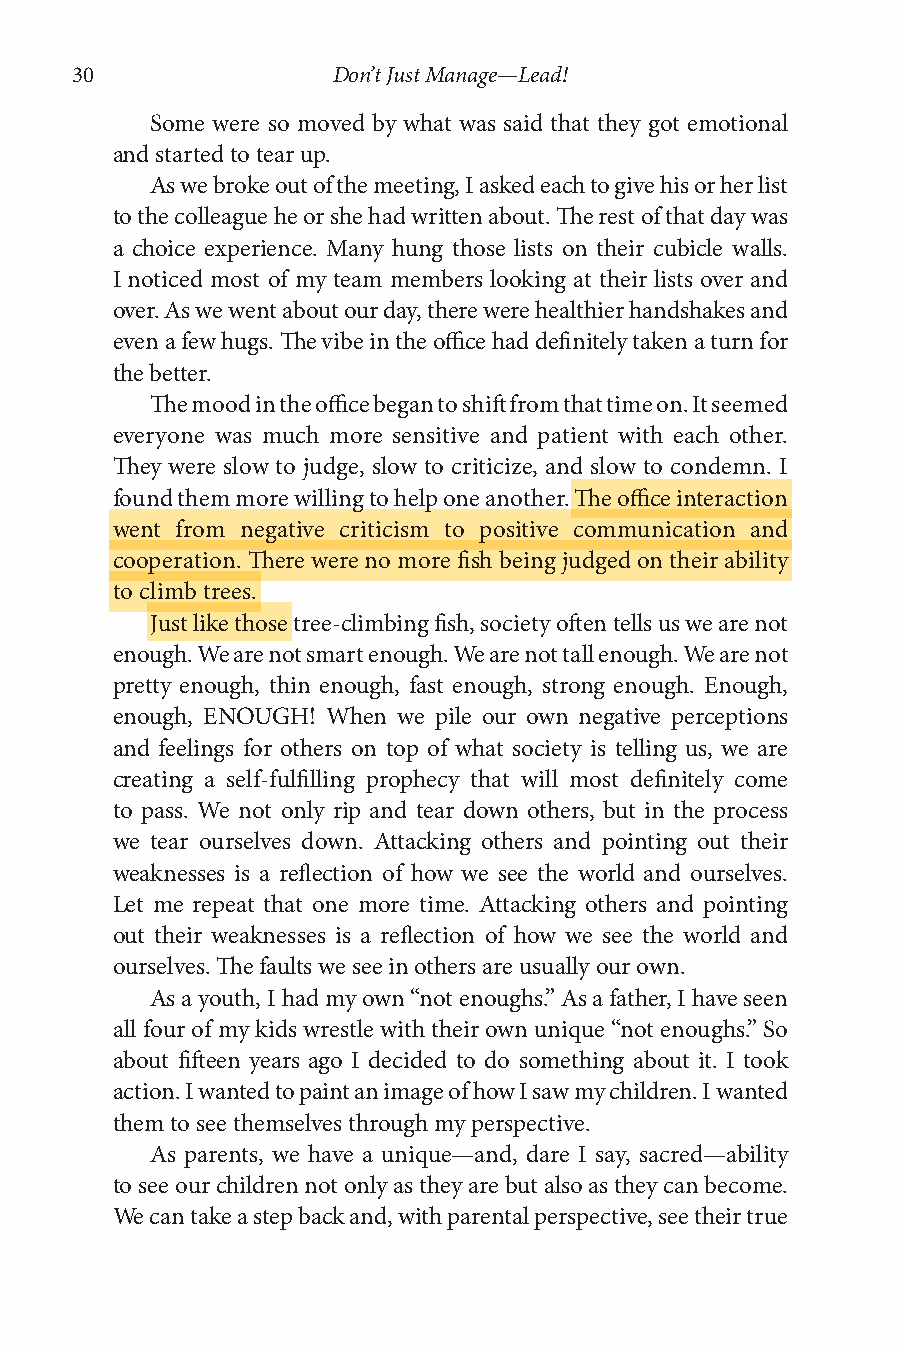
30               Don’t Just Manage—Lead!
 Some were so moved by what was said that they got emotional
 and started to tear up.
 As we broke out of the meeting, I asked each to give his or her list
 to the colleague he or she had written about. The rest of that day was
 a choice experience. Many hung those lists on their cubicle walls.
 I noticed most of my team members looking at their lists over and
 over. As we went about our day, there were healthier handshakes and
 even a few hugs. The vibe in the office had definitely taken a turn for
 the better.
 The mood in the office began to shift from that time on. It seemed
 everyone was much more sensitive and patient with each other.
 They were slow to judge, slow to criticize, and slow to condemn. I
 found them more willing to help one another. The office interaction
 went from negative criticism to positive communication and
 cooperation. There were no more fish being judged on their ability
 to climb trees.
 Just like those tree-climbing fish, society often tells us we are not
 enough. We are not smart enough. We are not tall enough. We are not
 pretty enough, thin enough, fast enough, strong enough. Enough,
 enough, ENOUGH! When we pile our own negative perceptions
 and feelings for others on top of what society is telling us, we are
 creating a self-fulfilling prophecy that will most definitely come
 to pass. We not only rip and tear down others, but in the process
 we tear ourselves down. Attacking others and pointing out their
 weaknesses is a reflection of how we see the world and ourselves.
 Let me repeat that one more time. Attacking others and pointing
 out their weaknesses is a reflection of how we see the world and
 ourselves. The faults we see in others are usually our own.
 As a youth, I had my own “not enoughs.” As a father, I have seen
 all four of my kids wrestle with their own unique “not enoughs.” So
 about fifteen years ago I decided to do something about it. I took
 action. I wanted to paint an image of how I saw my children. I wanted
 them to see themselves through my perspective.
 As parents, we have a unique—and, dare I say, sacred—ability
 to see our children not only as they are but also as they can become.
 We can take a step back and, with parental perspective, see their true